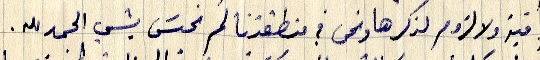
مراقبة ولا لزوم لذكرها ونحن في منطقتنا لم نحسّ بشي الحمد لله.